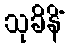
သုခိနိံ